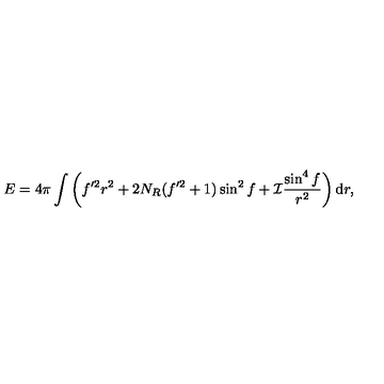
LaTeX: E = 4 \pi \int \left( f ^ { \prime 2 } r ^ { 2 } + 2 N _ { R } ( f ^ { \prime 2 } + 1 ) \sin ^ { 2 } f + { \cal I } \frac { \sin ^ { 4 } f } { r ^ { 2 } } \right) \mathrm { d } r ,